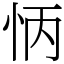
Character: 怲